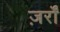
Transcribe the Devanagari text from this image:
ज़र्रों